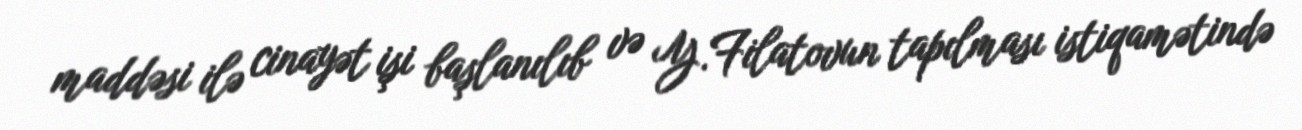
maddəsi ilə cinayət işi başlanılıb və Y.Filatovun tapılması istiqamətində